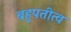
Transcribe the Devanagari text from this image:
बहुपतीत्व